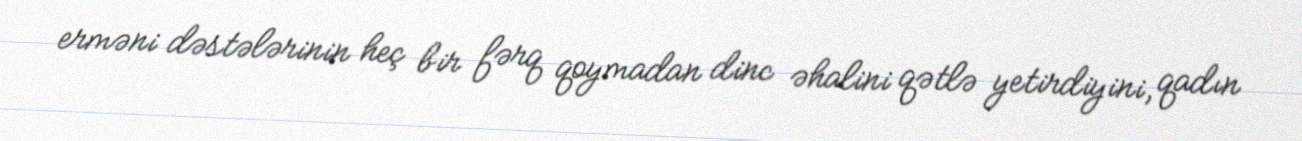
erməni dəstələrinin heç bir fərq qoymadan dinc əhalini qətlə yetirdiyini, qadın